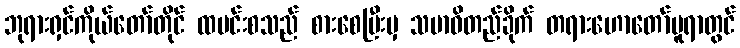
ဘုရားရှင်ကိုယ်တော်တိုင် ထမင်းစသည် စားစေပြီးမှ သမာဓိတည်ခိုက် တရားဟောတော်မူရာတွင်